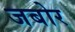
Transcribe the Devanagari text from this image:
जबोर